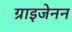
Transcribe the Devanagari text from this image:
ग्राइजेनन